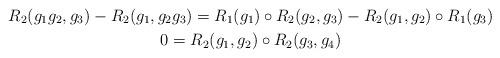
LaTeX: \begin{gather*} R_2(g_1g_2,g_3)-R_2(g_1,g_2g_3)=R_1(g_1)\circ R_2(g_2,g_3)-R_2(g_1,g_2)\circ R_1(g_3)\\ 0=R_2(g_1,g_2)\circ R_2(g_3,g_4)\end{gather*}